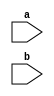
`timescale 1ns / 1ps
//////////////////////////////////////////////////////////////////////////////////
// Company: 
// Engineer: 
// 
// Design Name: 
// Module Name: Procesador
// Project Name: 
// Target Devices: 
// Tool Versions: 
// Description: 
// 
// Dependencies: 
// 
// Revision:
// Revision 0.01 - File Created
// Additional Comments:
// 
//////////////////////////////////////////////////////////////////////////////////


module Procesador(
    input [15:0] a,
    input [15:0] b
    );
endmodule